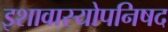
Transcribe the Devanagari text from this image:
इशावास्योपनिषद